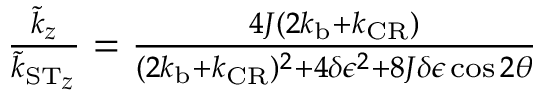
\begin{array} { r } { \frac { \tilde { k } _ { z } } { \tilde { k } _ { \ensuremath { \mathrm { S } } \ensuremath { \mathrm { T } } _ { z } } } = \frac { 4 J ( 2 k _ { \mathrm { b } } + k _ { \mathrm { C R } } ) } { ( 2 k _ { \mathrm { b } } + k _ { \mathrm { C R } } ) ^ { 2 } + 4 \delta \epsilon ^ { 2 } + 8 J \delta \epsilon \cos 2 \theta } } \end{array}